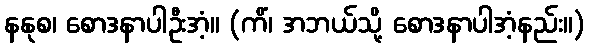
နနုစ၊ စောဒနာပါဦးအံ့။ (ကိံ၊ အဘယ်သို့ စောဒနာပါအံ့နည်း။)